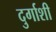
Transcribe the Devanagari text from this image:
दुर्गाशी